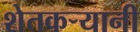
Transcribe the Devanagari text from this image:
शेतकऱ्यानी